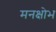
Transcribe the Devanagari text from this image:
मनक्षोभ